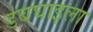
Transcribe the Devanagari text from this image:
डबघाइला